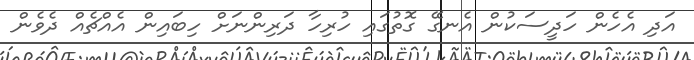
އަދި އެހެން ހަދީސަކުން އެނގޭ ގޮތުގައި ހުރިހާ ދަރިންނަށް ހިބައިން އެއްޗެއް ދެވެން